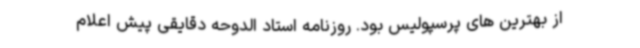
از بهترین های پرسپولیس بود. روزنامه استاد الدوحه دقایقی پیش اعلام